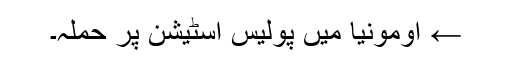
← اومونیا میں پولیس اسٹیشن پر حملہ۔